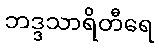
ဘဒ္ဒသာရိတီရေ